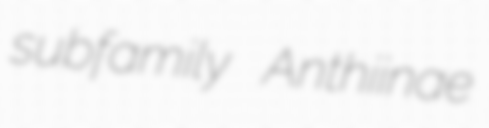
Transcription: subfamily Anthiinae